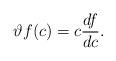
LaTeX: \begin{align*}\vartheta f(c)=c\frac{df}{dc}. \end{align*}